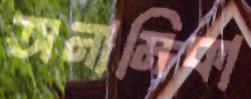
অনামিকা